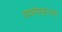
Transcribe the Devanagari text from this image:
पावणेसहाच्या